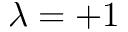
\lambda = + 1